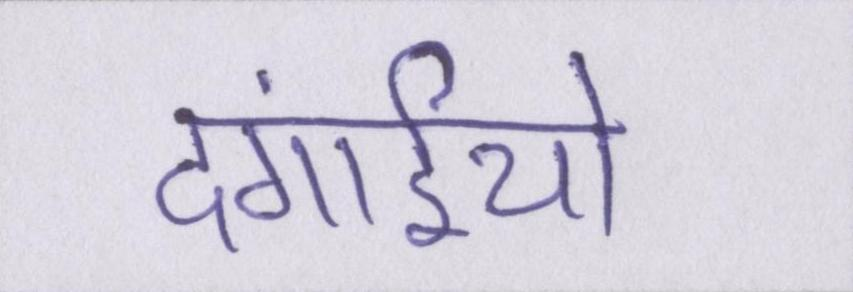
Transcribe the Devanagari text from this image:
दंगाईयो